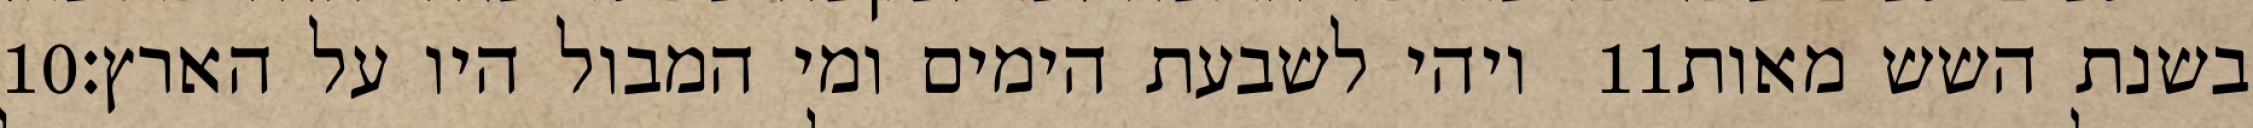
‎10‏ ויהי לשבעת הימים ומי המבול היו על הארץ׃ ‎11‏ בשנת השש מאות